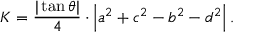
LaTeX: K = { \frac { | \tan \theta | } { 4 } } \cdot \left| a ^ { 2 } + c ^ { 2 } - b ^ { 2 } - d ^ { 2 } \right| .